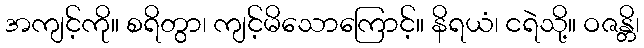
အကျင့်ကို။ စရိတွာ၊ ကျင့်မိသောကြောင့်။ နိရယံ၊ ငရဲသို့။ ဝဇန္တိ၊